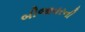
બીજાવરની